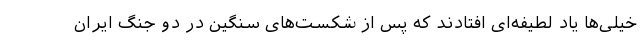
خیلی‌ها یاد لطیفه‌ای افتادند که پس از شکست‌های سنگین در دو جنگ ایران